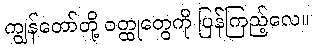
ကျွန်တော်တို့ ဝတ္ထုတွေကို ပြန်ကြည့်လေ။